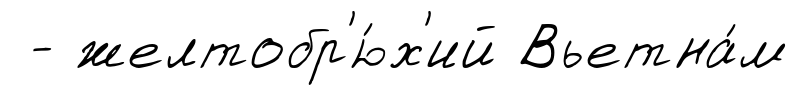
- желтобр'ю́х'ий Вьетна́м